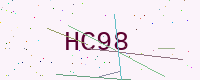
Text: HC98